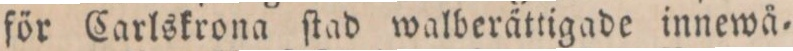
för Carlskrona ſtad walberättigade innewå=